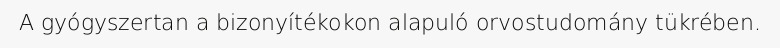
A gyógyszertan a bizonyítékokon alapuló orvostudomány tükrében.